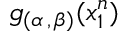
g _ { ( \alpha \, , \, \beta ) } ( x _ { 1 } ^ { n } )